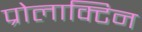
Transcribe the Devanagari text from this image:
प्रोलाक्टिन